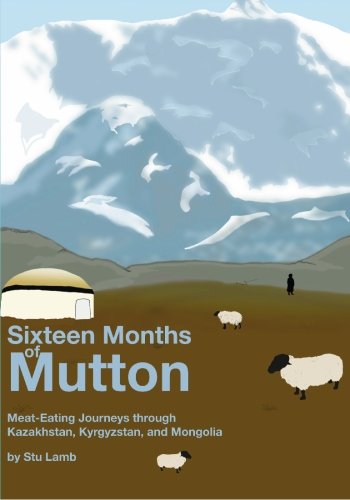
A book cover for Sixteen Months of Mutton: Meat-Eating Journeys through Kazakhstan, Kyrgyzstan, and Mongolia; Stu Lamb; Travel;